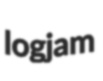
logjam